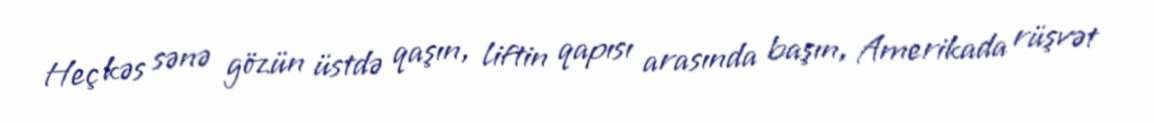
Heç kəs sənə gözün üstdə qaşın, liftin qapısı arasında başın, Amerikada rüşvət